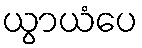
ယွာယံပေ